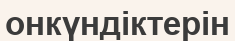
онкүндіктерін